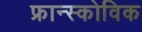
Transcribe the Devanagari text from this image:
फ्रान्स्कोविक